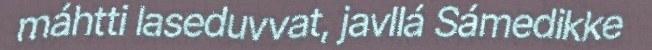
máhtti laseduvvat, javllá Sámedikke